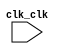

module dma (
	clk_clk);	

	input		clk_clk;
endmodule